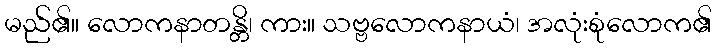
မည်၏။ လောကနာတန္တိ၊ ကား။ သဗ္ဗလောကနာယံ၊ အလုံးစုံလောက၏